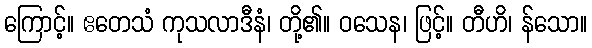
ကြောင့်။ ဧတေသံ ကုသလာဒီနံ၊ တို့၏။ ဝသေန၊ ဖြင့်။ တီဟိ၊ န်သော။